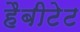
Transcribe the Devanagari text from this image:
हैबीटेट